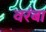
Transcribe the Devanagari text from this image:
वरंबा